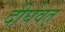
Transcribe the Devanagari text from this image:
दीर्घवत्‌